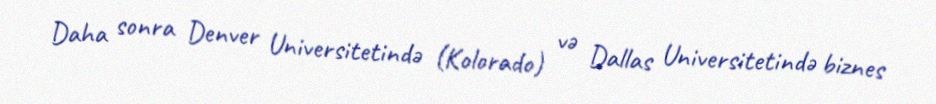
Daha sonra Denver Universitetində (Kolorado) və Dallas Universitetində biznes